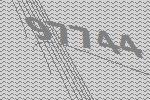
97744